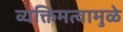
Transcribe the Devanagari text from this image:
व्यक्तिमत्वामुळे